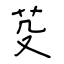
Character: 芟